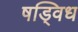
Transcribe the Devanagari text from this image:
षड्विध